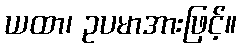
ယထာ၊ ဥပမာအားဖြင့်။